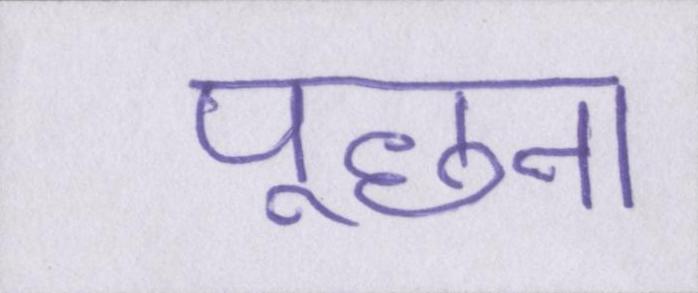
पूछना